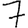
Digit: 7